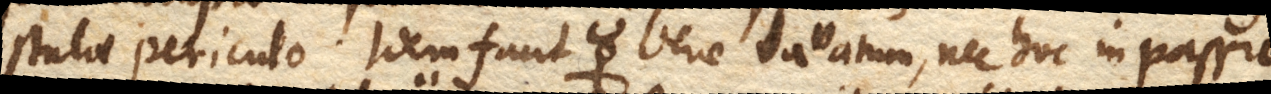
stulae periculo. Idem facit bene lavatum, nec hoc in passu